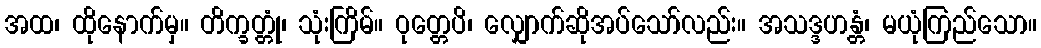
အထ၊ ထိုနောက်မှ။ တိက္ခတ္တုံ၊ သုံးကြိမ်။ ဝုတ္တေပိ၊ လျှောက်ဆိုအပ်သော်လည်း။ အသဒ္ဒဟန္တံ၊ မယုံကြည်သော။